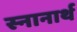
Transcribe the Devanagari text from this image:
स्‍नानार्थ